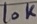
Text: 10K